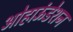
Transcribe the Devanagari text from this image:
ओहाऊंडेशन